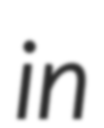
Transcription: in